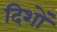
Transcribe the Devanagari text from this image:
दिशों